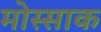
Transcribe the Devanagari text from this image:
मोस्साक